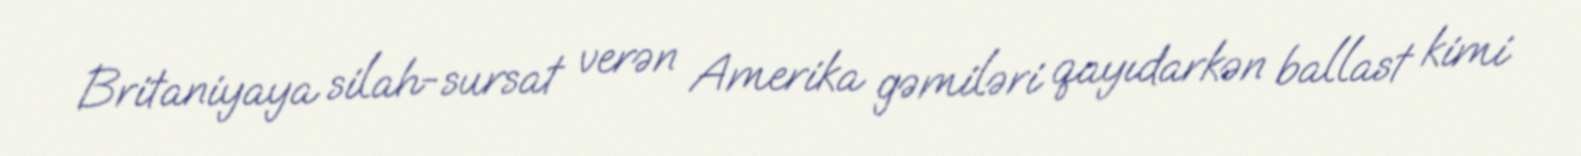
Britaniyaya silah-sursat verən Amerika gəmiləri qayıdarkən ballast kimi